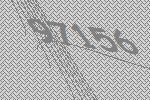
97156